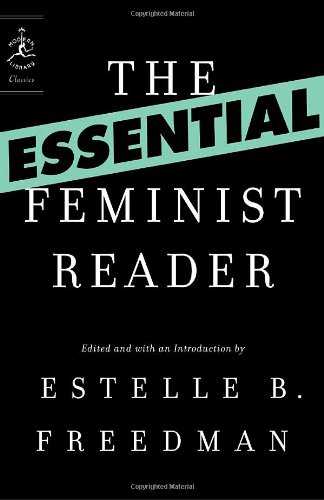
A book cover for The Essential Feminist Reader (Modern Library Classics); Politics & Social Sciences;